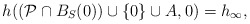
\begin{align*}h((\mathcal{P}\cap B_S(0)) \cup \{0\} \cup A, 0)=h_{\infty},\end{align*}